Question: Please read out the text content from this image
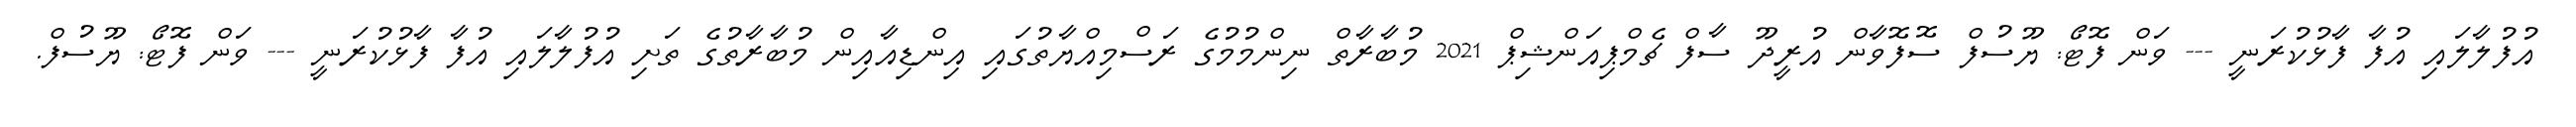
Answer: އުފުލާލައި އުފާ ފާޅުކުރަނީ --- ވަން ފޮޓޯ: ޔޫސުފް ސޮފޮވާން އުރީދޫ ސާފް ޗެމްޕިއަންޝިޕް 2021 މުބާރާތް ނިންމުމުގެ ރަސްމިއްޔާތުގައި އިންޑިއާއިން މުބާރާތުގެ ތަށި އުފުލާލައި އުފާ ފާޅުކުރަނީ --- ވަން ފޮޓޯ: ޔޫސުފް.